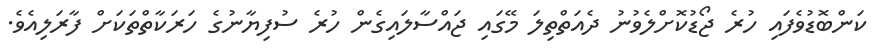
ކަންބޮޑުވެފައި ހުރެ ޖޯޑުކޮށްލެވުނު ދެއަތްތިލަ މޭގައި ޖައްސާލައިގެން ހުރެ ސުފިޔާނުގެ ހަރަކާތްތަކަށް ފާރަލިއެވެ.